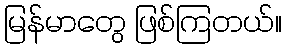
မြန်မာတွေ ဖြစ်ကြတယ်။